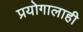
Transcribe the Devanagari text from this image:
प्रयोगालाही